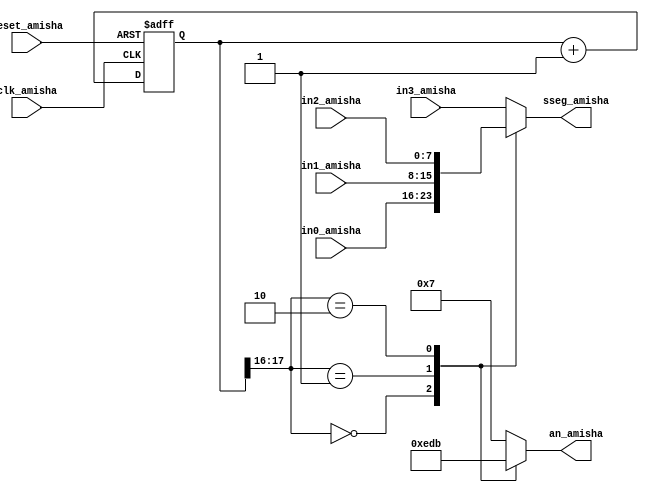
`timescale 1ns / 1ps
//////////////////////////////////////////////////////////////////////////////////
// Company: 
// Engineer: 
// 
// Design Name: 
// Module Name:    disp_mux_Amisha 
// Project Name: 
// Target Devices: 
// Tool versions: 
// Description: 
//
// Dependencies: 
//
// Revision: 
// Revision 0.01 - File Created
// Additional Comments: 
//
//////////////////////////////////////////////////////////////////////////////////
module disp_mux_Amisha(
    input clk_amisha,
    input reset_amisha,
    input [7:0] in3_amisha,
    input [7:0] in2_amisha,
    input [7:0] in1_amisha,
    input [7:0] in0_amisha,
    output reg [3:0] an_amisha,
    output reg [7:0] sseg_amisha
    );
	 
	 localparam N_amisha = 18;
	 reg [N_amisha-1 : 0] q_reg_amisha;
	 wire [N_amisha-1 : 0] q_next_amisha;
	 
	 always @(posedge clk_amisha, posedge reset_amisha)
	 if (reset_amisha)
	 q_reg_amisha <= 0;
	 else 
	 q_reg_amisha <= q_next_amisha;
	 
	 assign q_next_amisha = q_reg_amisha + 1;
	 
	 always @*
	 case (q_reg_amisha [N_amisha-1 : N_amisha-2])
	 2'b00 :
	 begin
	 an_amisha = 4'b1110;
	 sseg_amisha = in0_amisha;
	 end
	 2'b01 :
	 begin
	 an_amisha = 4'b1101;
	 sseg_amisha = in1_amisha;
	 end
	 2'b10 :
	 begin
	 an_amisha = 4'b1011;
	 sseg_amisha = in2_amisha;
	 end
	 default :
	 begin
	 an_amisha = 4'b0111;
	 sseg_amisha = in3_amisha;
	 end
	 endcase
endmodule